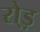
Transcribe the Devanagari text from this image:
रो्ड़